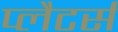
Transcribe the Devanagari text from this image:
प्लैटर्स